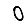
Digit: 0